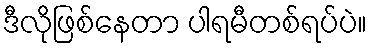
ဒီလိုဖြစ်နေတာ ပါရမီတစ်ရပ်ပဲ။